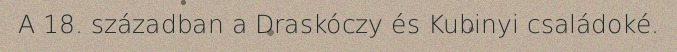
A 18. században a Draskóczy és Kubinyi családoké.